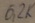
Text: 6,2K